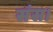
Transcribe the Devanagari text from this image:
संस।